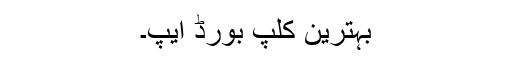
بہترین کلپ بورڈ ایپ۔